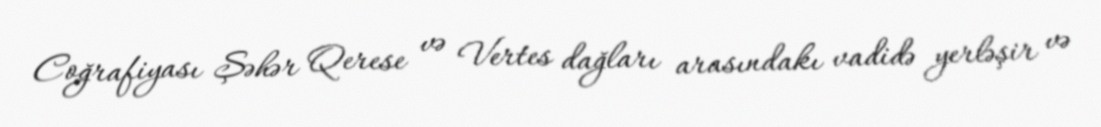
Coğrafiyası Şəhər Qerese və Vertes dağları arasındakı vadidə yerləşir və